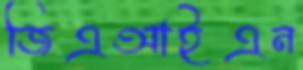
জিএআইএন